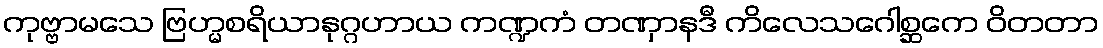
ကုဗ္ဗာမသေ ဗြဟ္မစရိယာနုဂ္ဂဟာယ ကဏ္ဍကံ တဏှာနဒီ ကိလေသဂေါစ္ဆကေ ဝိတတာ